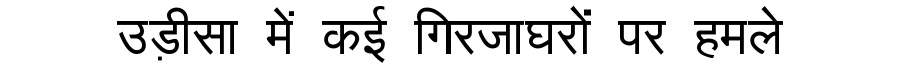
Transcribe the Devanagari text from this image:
उड़ीसा में कई गिरजाघरों पर हमले